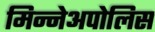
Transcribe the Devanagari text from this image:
मिन्नेअपोलिस